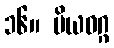
၁၆။ ပိယဝဂ္ဂ